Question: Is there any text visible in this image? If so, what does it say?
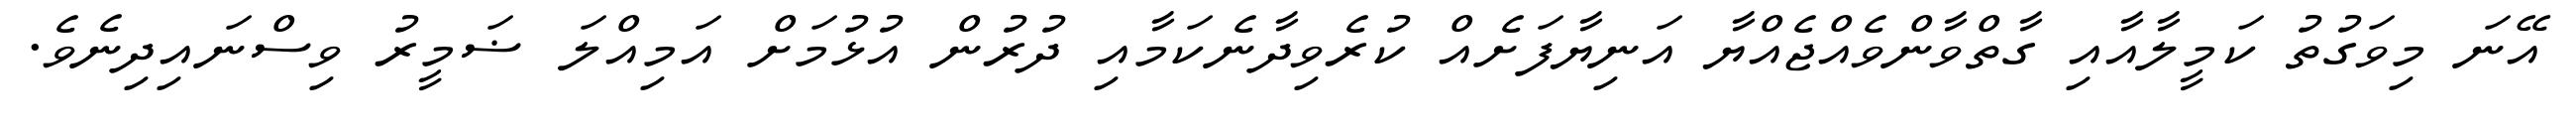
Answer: އޭނަ މިވަގުތު ކަމީލާއާއި ގާތްވާންވެއްޖެއްޔާ އަނިޔާފަށެއް ކުރެވިދާނެކަމާއި ދުރުން އުޅުމަށް އަމިއްލަ ޟަމީރު ވިސްނައިދިނެވެ.